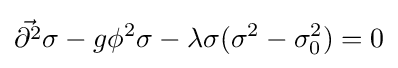
{\vec {\partial ^{2}}}\sigma -g\phi ^{2}\sigma -\lambda \sigma (\sigma ^{2}-\sigma _{0}^{2})=0